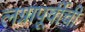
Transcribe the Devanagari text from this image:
लग्नापूर्वीची